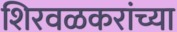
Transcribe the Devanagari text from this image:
शिरवळकरांच्या